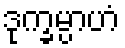
ဒုက္ခမ္ပာဟံ